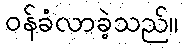
ဝန်ခံလာခဲ့သည်။